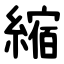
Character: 縮